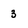
Character: 3